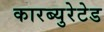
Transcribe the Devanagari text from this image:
कारब्युरेटेड